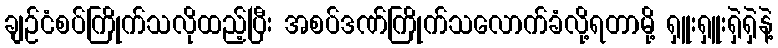
ချဉ်ငံစပ်ကြိုက်သလိုထည့်ပြီး အစပ်ဒဏ်ကြိုက်သလောက်ခံလို့ရတာမို့ ရှူးရှူးရှဲရှဲနဲ့